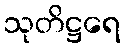
သုတိဋ္ဌရေ